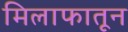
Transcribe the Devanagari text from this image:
मिलाफातून